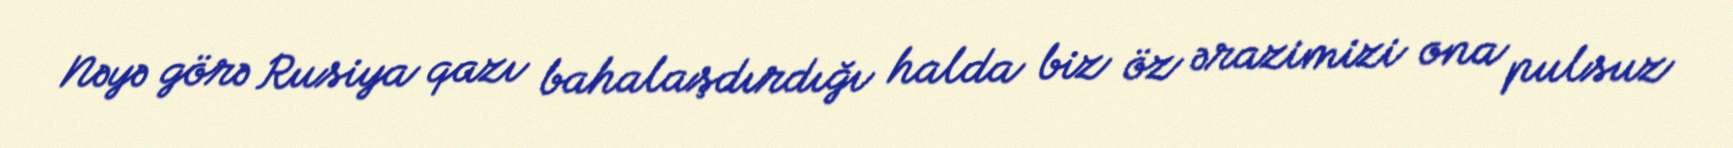
Nəyə görə Rusiya qazı bahalaşdırdığı halda biz öz ərazimizi ona pulsuz